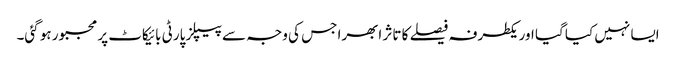
ایسا نہیں کیا گیا اور یکطرفہ فیصلے کا تاثر ابھرا جس کی وجہ سے پیپلز پارٹی بائیکاٹ پر مجبور ہو گئی۔